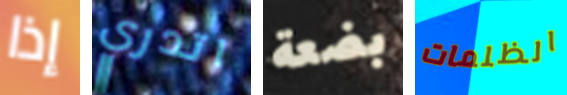
إذا اتدري بضعة الظلمات